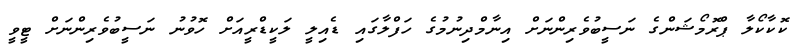
ކޮކާކޯލާ ޕްރޮމޯޝަންގެ ނަސީބުވެރިންނަށް އިނާމްދިނުމުގެ ހަފްލާގައި ޑެއިލީ ލަކީޑްރީއަށް ހޮވުނު ނަސީބުވެރިންނަށް ޓީވީ